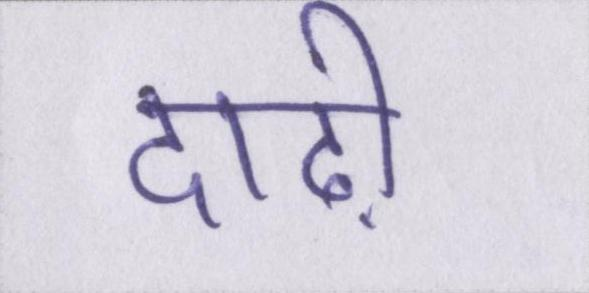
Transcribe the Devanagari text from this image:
दाढ़ी